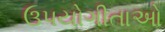
ઉપયોગીતાઓ